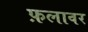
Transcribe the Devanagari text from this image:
फ़लावर